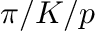
\pi / K / p